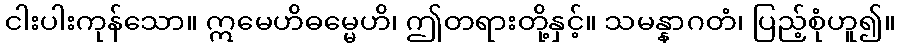
ငါးပါးကုန်သော။ ဣမေဟိဓမ္မေဟိ၊ ဤတရားတို့နှင့်။ သမန္နာဂတံ၊ ပြည့်စုံဟူ၍။